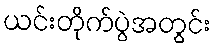
ယင်းတိုက်ပွဲအတွင်း